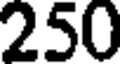
250